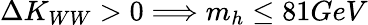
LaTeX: \Delta K_{WW}>0\Longrightarrow m_{h}\leq 81GeV